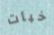
خبأت